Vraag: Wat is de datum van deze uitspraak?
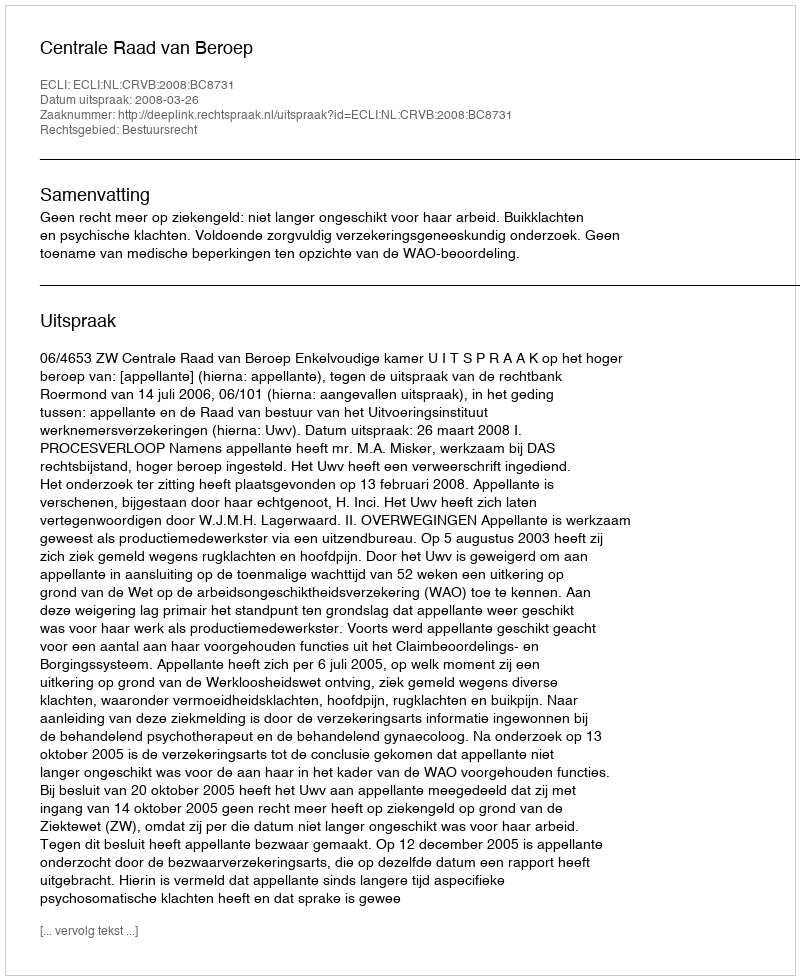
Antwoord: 2008-03-26